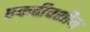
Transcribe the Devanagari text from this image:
एकदीवशीय